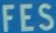
FES